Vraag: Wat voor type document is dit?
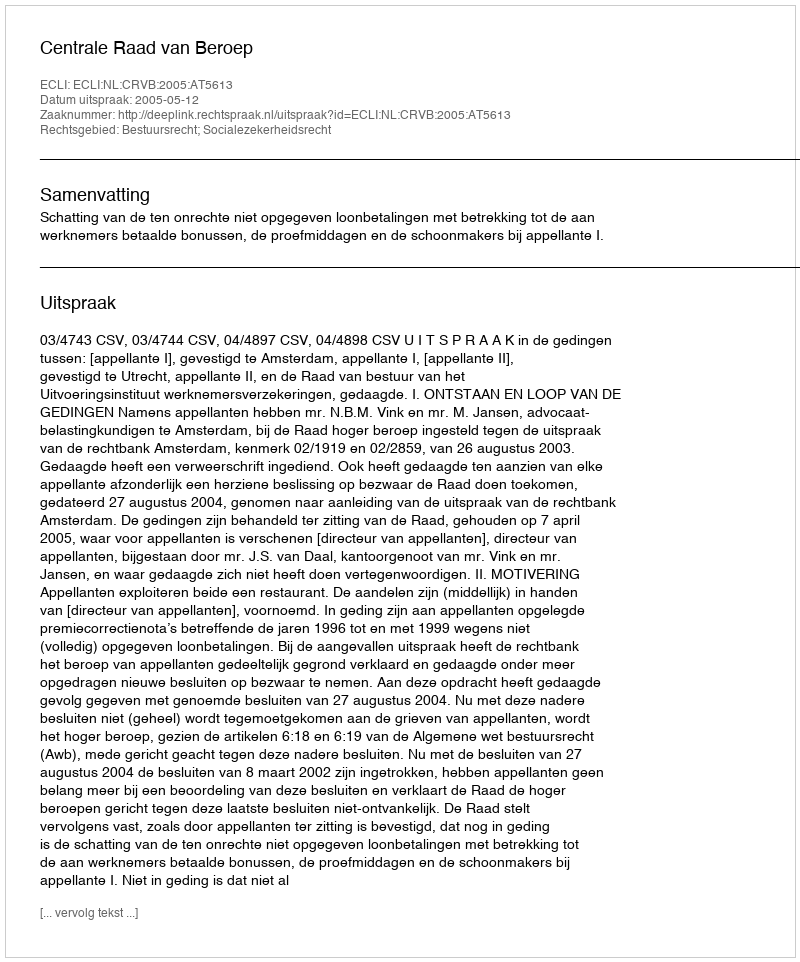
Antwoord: Uitspraak